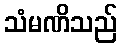
သံမဏိသည်